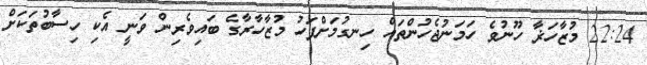
22:24 މުޒާހަޜާ ހޫނުވެ ހަމަނުޖެހުންތައް ހިނގުމަށްފަހު މުޒާހާރާގެ ބައިވެރިން ވަނީ އެކި ހިސާބުތަކަށް